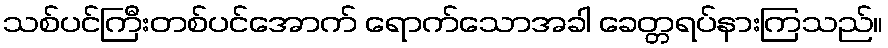
သစ်ပင်ကြီးတစ်ပင်အောက် ရောက်သောအခါ ခေတ္တရပ်နားကြသည်။